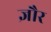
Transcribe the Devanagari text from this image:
ज्ञौर